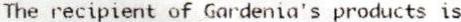
THE RECIPIENT OF GARDENIA'S PRODUCTS IS